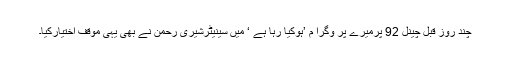
چند روز قبل چینل 92 پرمیرے پر وگرا م ’ہوکیا رہا ہے ‘ میں سینیٹرشیری رحمن نے بھی یہی موقف اختیارکیا۔